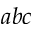
a b c